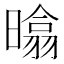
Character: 㬛